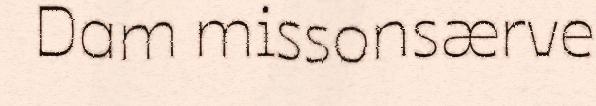
Dam missonsærve